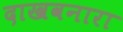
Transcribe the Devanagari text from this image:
दाखवनारा